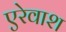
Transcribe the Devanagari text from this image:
एरेवाश